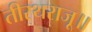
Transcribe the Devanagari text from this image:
तीरथराजू॥